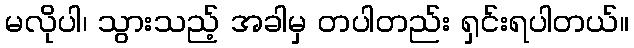
မလိုပါ၊ သွားသည့် အခါမှ တပါတည်း ရှင်းရပါတယ်။